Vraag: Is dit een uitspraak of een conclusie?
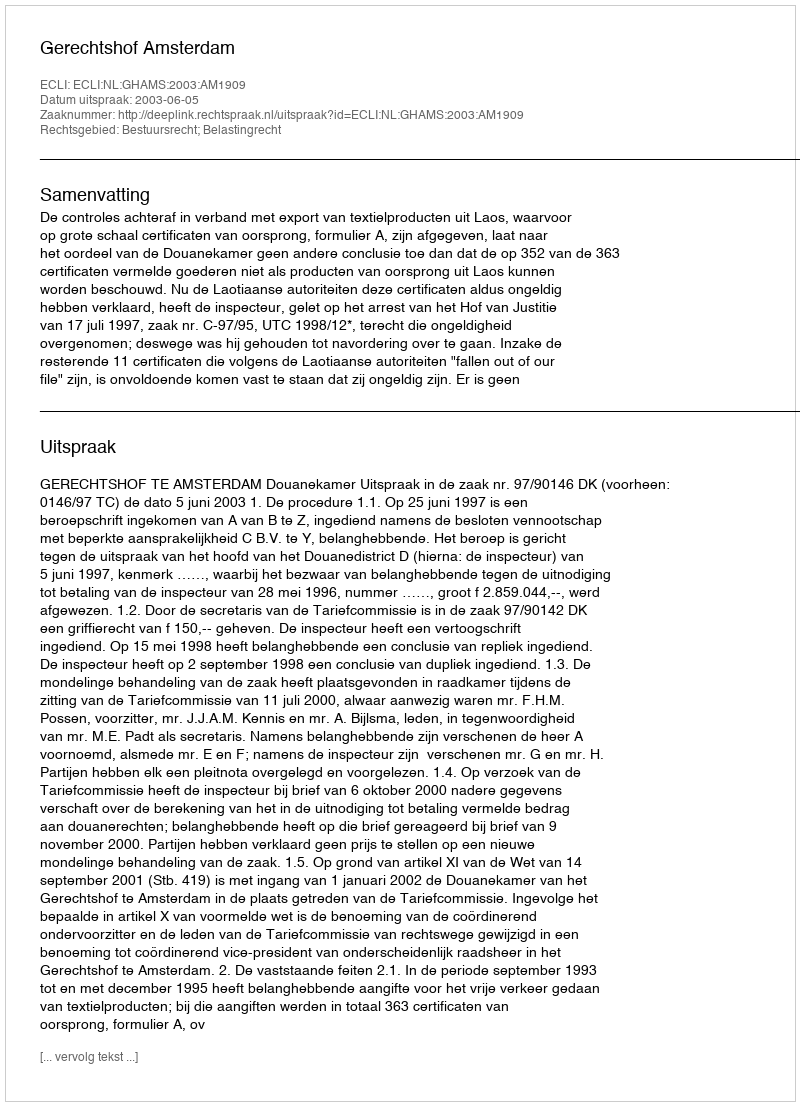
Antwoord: Uitspraak